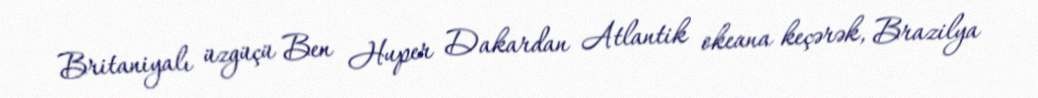
Britaniyalı üzgüçü Ben Huper Dakardan Atlantik okeana keçərək, Brazilya